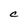
Character: C